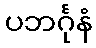
ပဘင်္ဂုနံ